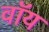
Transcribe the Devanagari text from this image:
वॉय